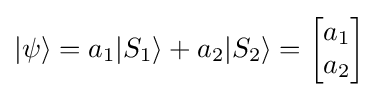
|\psi \rangle =a_{1}|S_{1}\rangle +a_{2}|S_{2}\rangle ={\begin{bmatrix}a_{1}\\a_{2}\end{bmatrix}}